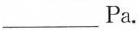
___Pa。